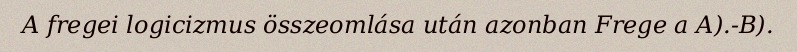
A fregei logicizmus összeomlása után azonban Frege a A).-B).